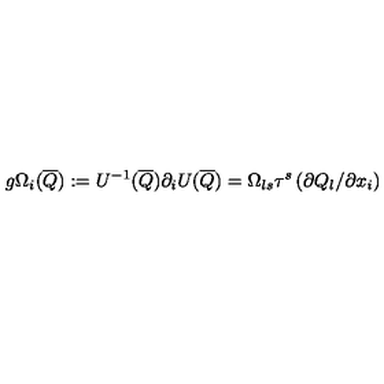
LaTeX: g \Omega _ { i } ( \overline { Q } ) : = U ^ { - 1 } ( \overline { Q } ) \partial _ { i } U ( \overline { Q } ) = \Omega _ { l s } \tau ^ { s } \left( \partial Q _ { l } / \partial x _ { i } \right)